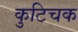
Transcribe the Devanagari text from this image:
कुटिचक